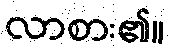
လာစား၏။